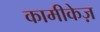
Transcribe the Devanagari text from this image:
कामीकेज़